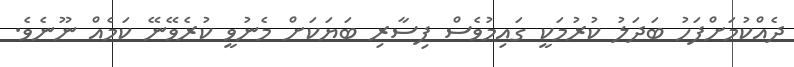
ދެއްކުމަށްފަހު ބަދަލު ކުރުމަކީ ގައިމުވެސް ފިސާރި ބަޔަކަށް މެނުވީ ކުރެވޭނޭ ކަމެއް ނޫނެވެ.